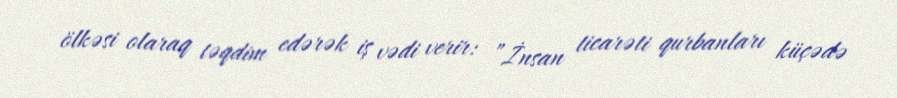
ölkəsi olaraq təqdim edərək iş vədi verir: ”İnsan ticarəti qurbanları küçədə